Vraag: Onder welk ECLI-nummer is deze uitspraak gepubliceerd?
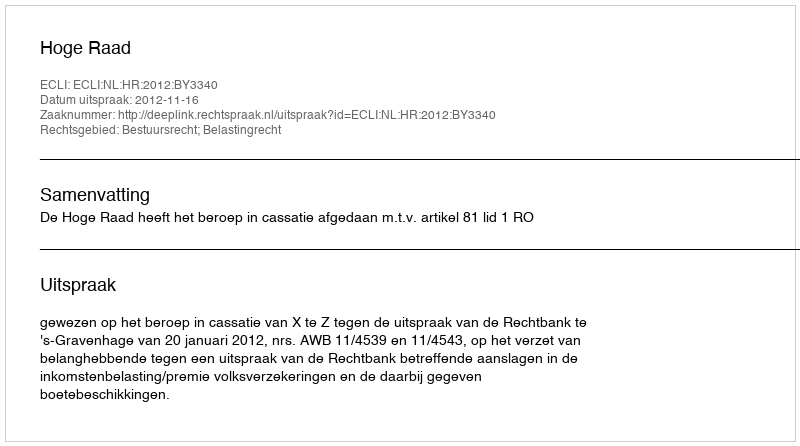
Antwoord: ECLI:NL:HR:2012:BY3340